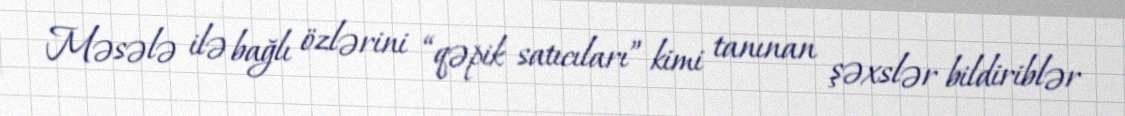
Məsələ ilə bağlı özlərini “qəpik satıcıları” kimi tanınan şəxslər bildiriblər